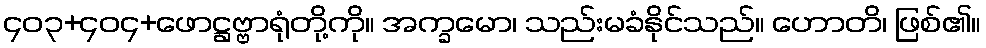
၄၀၃+၄၀၄+ဖောဋ္ဌဗ္ဗာရုံတို့ကို။ အက္ခမော၊ သည်းမခံနိုင်သည်။ ဟောတိ၊ ဖြစ်၏။